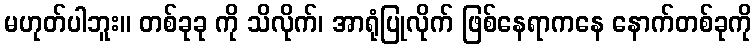
မဟုတ်ပါဘူး။ တစ်ခုခု ကို သိလိုက်၊ အာရုံပြုလိုက် ဖြစ်နေရာကနေ နောက်တစ်ခုကို